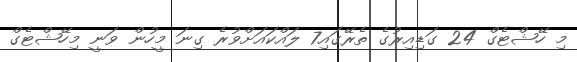
މި ހޭޝްޓެގް 24 ގަޑިއިރުގެ ތެރޭގައި7 ލައްކައަށްވުރެ ގިނަ މީހުން ވަނީ މިހޭޝްޓެގް